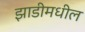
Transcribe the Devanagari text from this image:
झाडीमधील